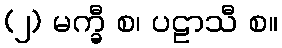
(၂) မက္ခီ စ၊ ပဠာသီ စ။